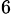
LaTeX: ^\mathrm{6}